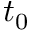
t _ { 0 }